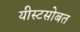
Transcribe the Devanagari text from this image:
यीस्टसोबत